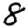
Digit: 8